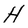
Character: H